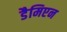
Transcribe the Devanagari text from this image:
डैमिएन